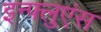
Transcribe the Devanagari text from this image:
इन्फ्लुएंस